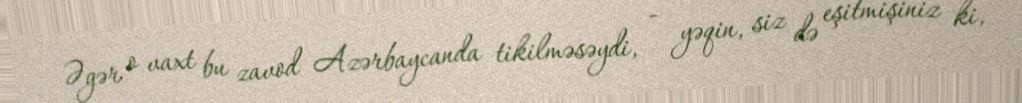
Əgər o vaxt bu zavod Azərbaycanda tikilməsəydi, - yəqin, siz də eşitmişiniz ki,